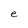
Character: e